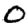
Digit: 0